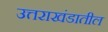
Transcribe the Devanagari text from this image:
उत्तराखंडातील